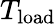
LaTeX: T_{\mathrm{load}}